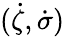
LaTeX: (\dot{\zeta},\dot{\sigma})